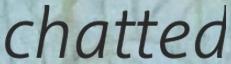
chatted